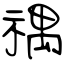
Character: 禑